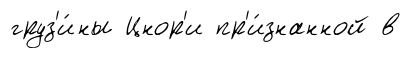
груз'и́ны Цнор'и пр'и́знанной в